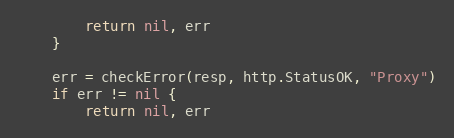
Language: Go
		return nil, err
	}

	err = checkError(resp, http.StatusOK, "Proxy")
	if err != nil {
		return nil, err